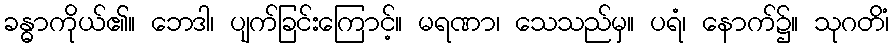
ခန္ဓာကိုယ်၏။ ဘေဒါ၊ ပျက်ခြင်းကြောင့်။ မရဏာ၊ သေသည်မှ။ ပရံ၊ နောက်၌။ သုဂတိံ၊